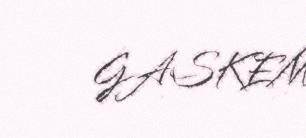
GASKEM